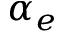
\alpha _ { e }